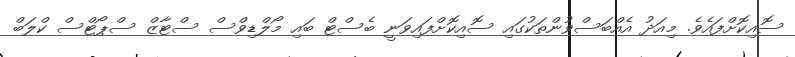
ސޮއިކޮށްފައެވެ. މިއަދު އެއްބަސްވުންތަކުގައި ސޮއިކޮށްފައިވަނީ ބެސްޓް ބައި މޯލްޑިވްސް ސްޓާޒް ސްޕޯޓްސް ކްލަބް